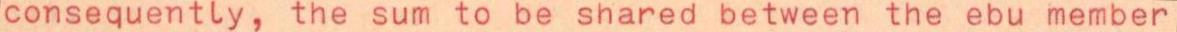
consequently, the sum to be shared between the ebu member